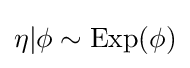
\eta |\phi \sim {\text{Exp}}(\phi )